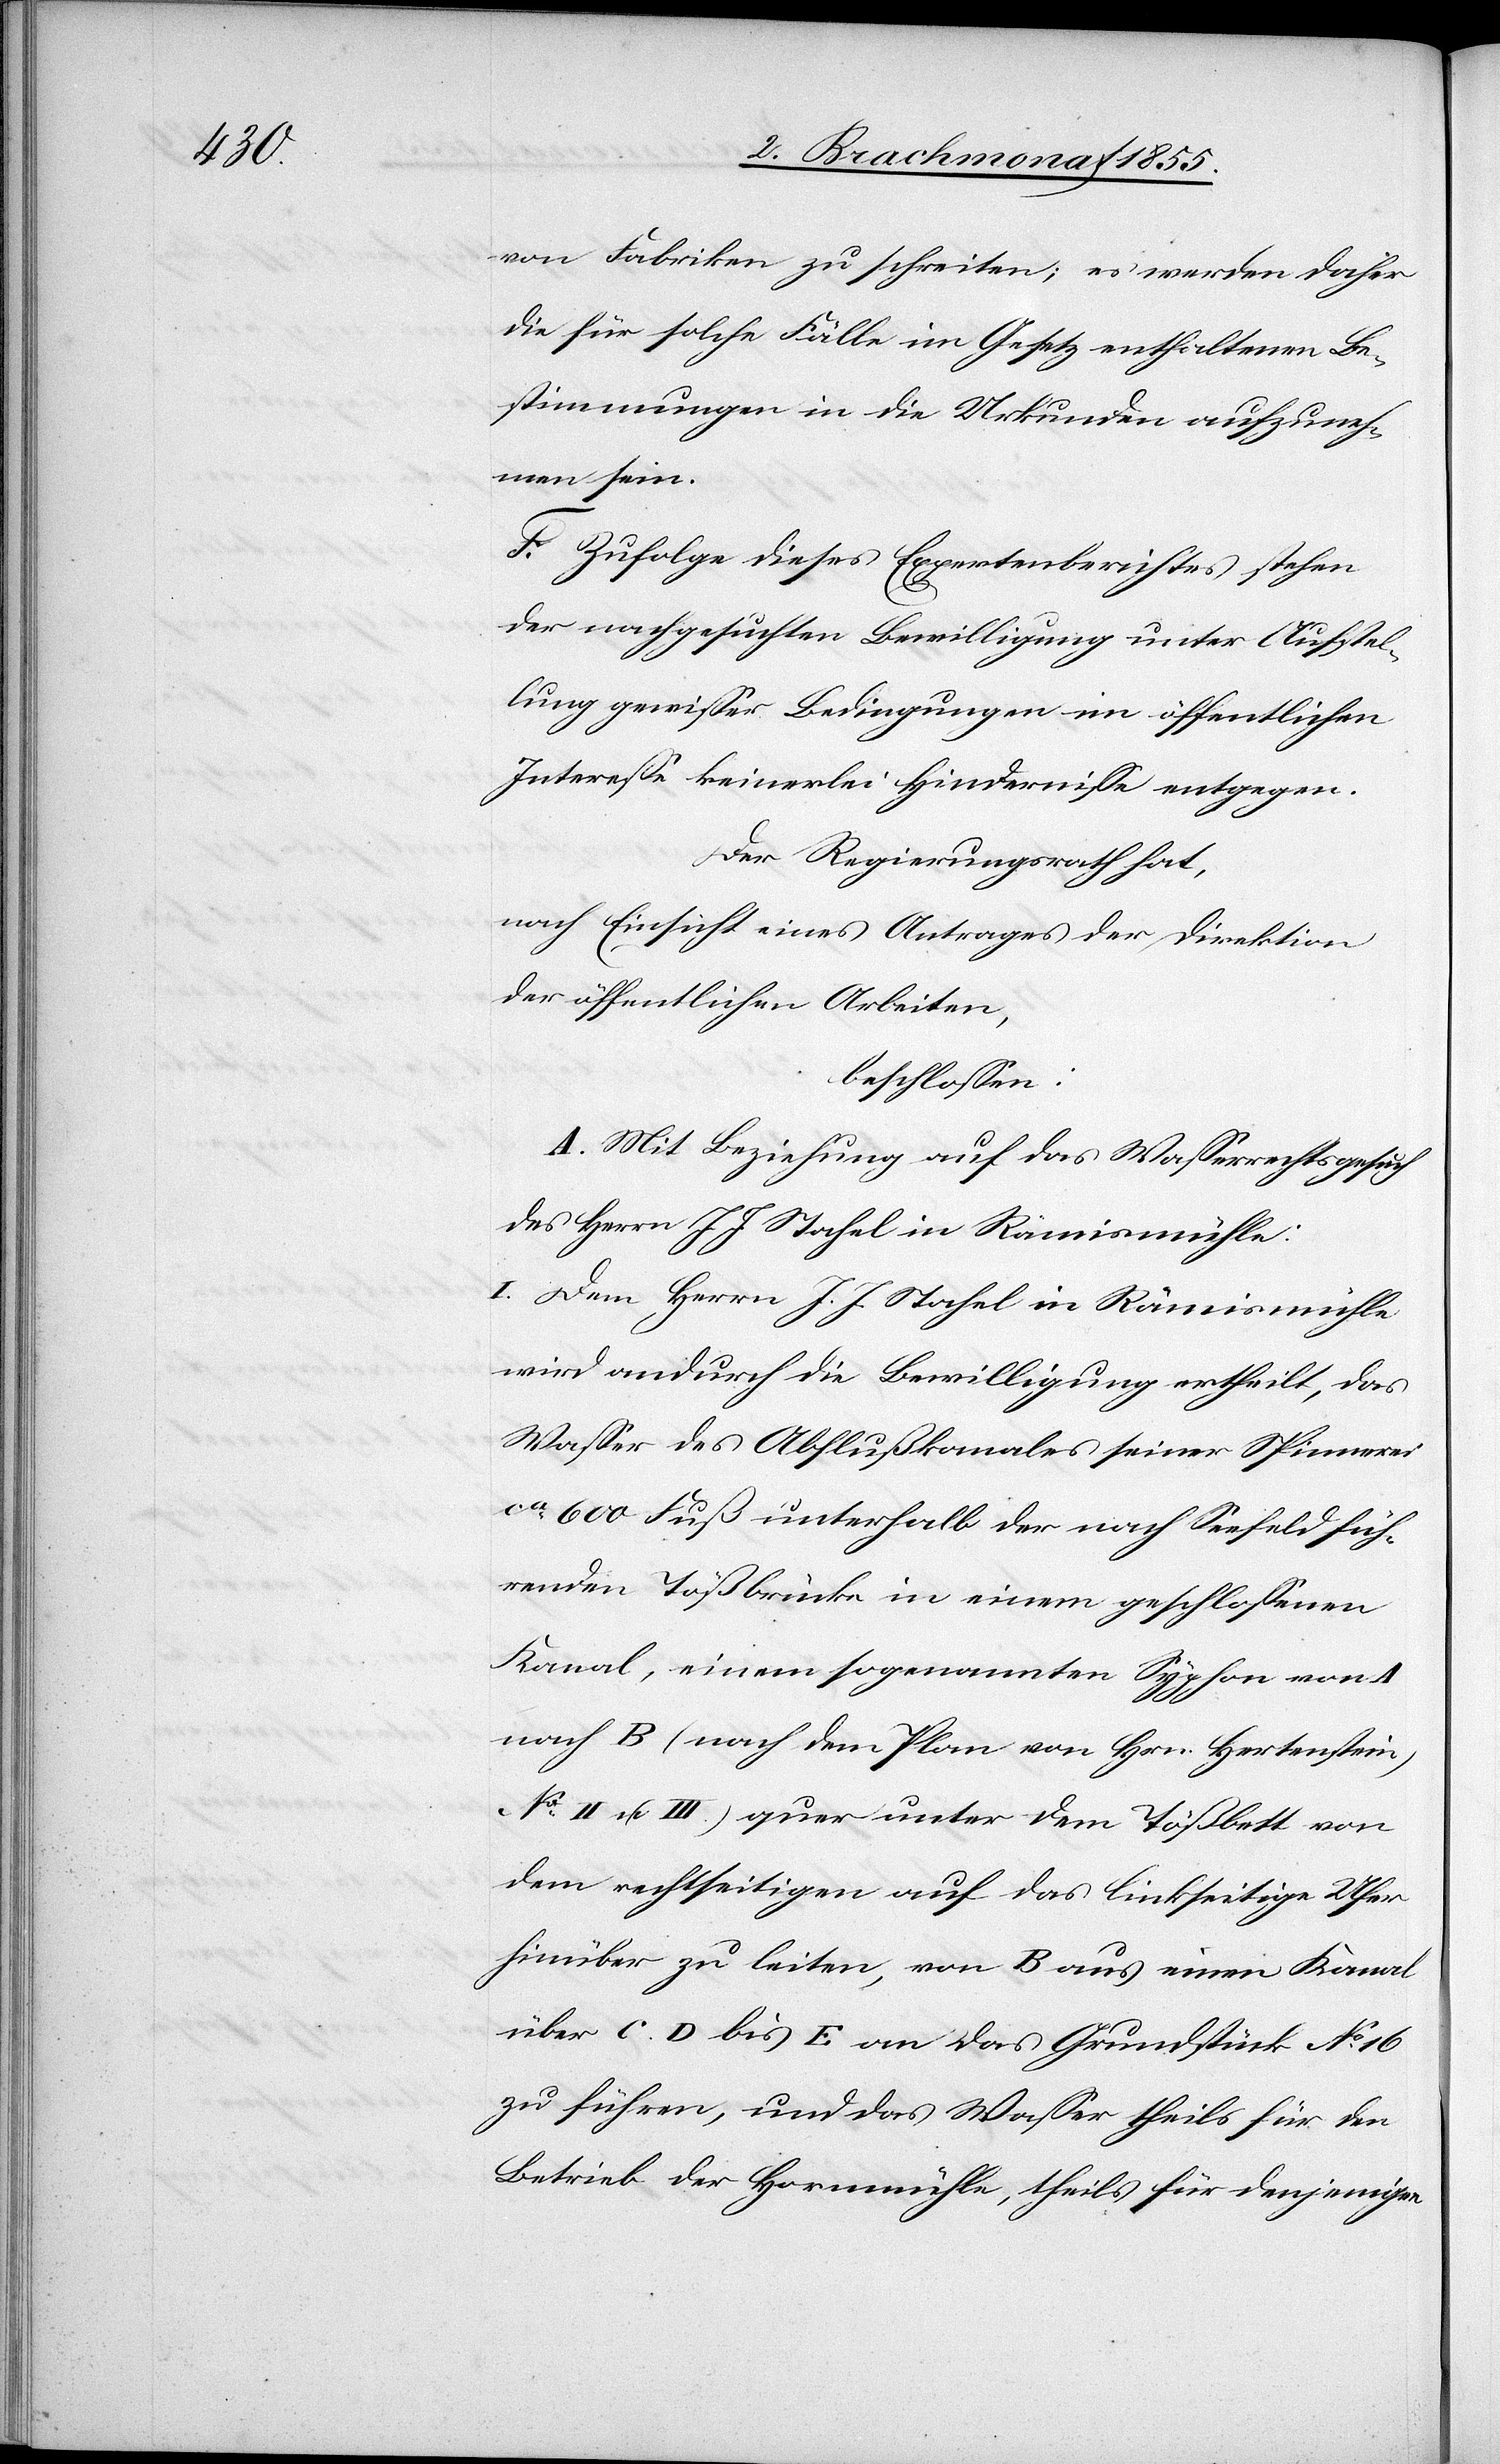
von Fabriken zu schreiten; es werden daher
die für solche Fälle im Gesetz enthaltenen Be¬
stimmungen in die Urkunden aufzuneh¬
men sein.
F. Zufolge dieses Expertenberichtes stehen
der nachgesuchten Bewilligung unter Aufstel¬
lung gewisser Bedingungen im öffentlichen
Interesse keinerlei Hindernisse entgegen.
Der Regierungsrath hat,
nach Einsicht eines Antrages der Direktion
der öffentlichen Arbeiten,
beschlossen:
A. Mit Beziehung auf das Wasserrechtsgesuch
des Herrn J. J. Stahel in Rämismühle:
I. Dem Herrn J. J. Stahel in Rämismühle
wird andurch die Bewilligung ertheilt, das
Wasser des Abflußkanales seiner Spinnerei
ca 600 Fuß unterhalb der nach Seefeld füh¬
renden Tößbrücke in einem geschlossenen
Kanal, einem sogenannten Syphon von A
nach B (nach dem Plan von Hrn. Hertenstein)
II u. III.) quer unter dem Tößbett von
dem rechtseitigen auf das linkseitige Ufer
hinüber zu leiten, von B aus einen Kanal
über C. D bis E an das Grundstück No 16
zu führen, und das Wasser theils für den
Betrieb der Hornmühle, theils für denjenigen